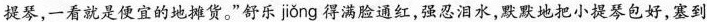
小提琴，一看就是便宜的地摊货。”舒乐 jiǒng 得满脸通红，强忍泪水，默默地把小提琴包好，塞到